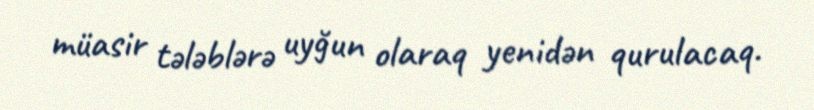
müasir tələblərə uyğun olaraq yenidən qurulacaq.